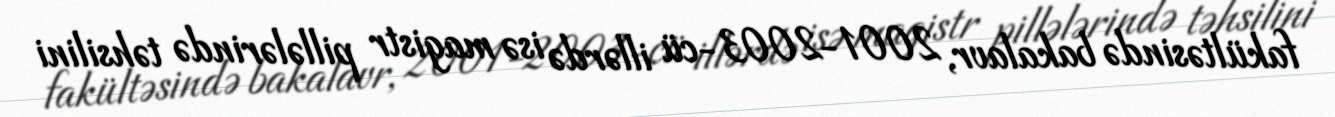
fakültəsində bakalavr, 2001-2003-cü illərdə isə magistr pillələrində təhsilini